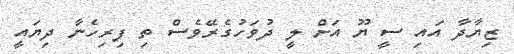
ޒިޔާދާ އައި ސީ ޔޫ އަށް ލީ ދުވަހުގެރޭވެސް ތި ފިރިހެނާ ދިޔައީ